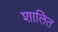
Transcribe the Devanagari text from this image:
शालित